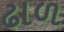
ઢાળ